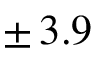
\pm \, 3 . 9